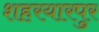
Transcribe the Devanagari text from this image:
शहरयारपुर